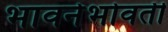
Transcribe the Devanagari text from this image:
भावनेभोवती